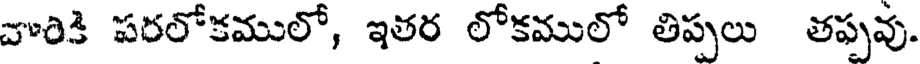
చారికి పరలోకములో, ఇతర లోకములో తిప్పలు తప్పవు.